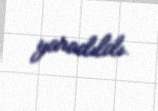
yaradıldı.